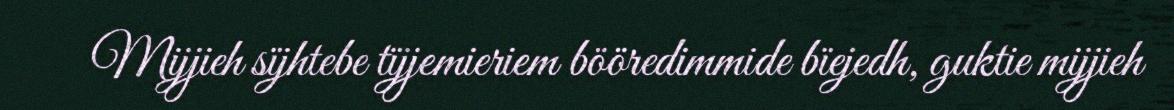
Mijjieh sïjhtebe tïjjemieriem bööredimmide bïejedh, guktie mijjieh